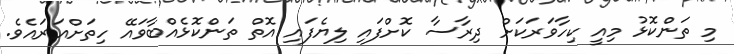
މި ތަންކޮޅު މިއީ ކިހާވަރަކަށް ދިރާސާ ކޮށްފައި ލިޔެފައި އޮތް ތަންކޮޅެއްބާވައޭ ހިތަށްއަރައެވެ.